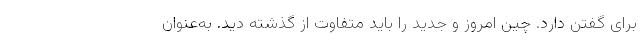
برای گفتن دارد. چین امروز و جدید را باید متفاوت از گذشته دید. به‌عنوان